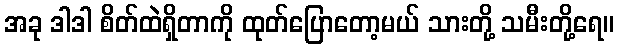
အခု ဒါဒါ စိတ်ထဲရှိတာကို ထုတ်ပြောတော့မယ် သားတို့ သမီးတို့ရေ။